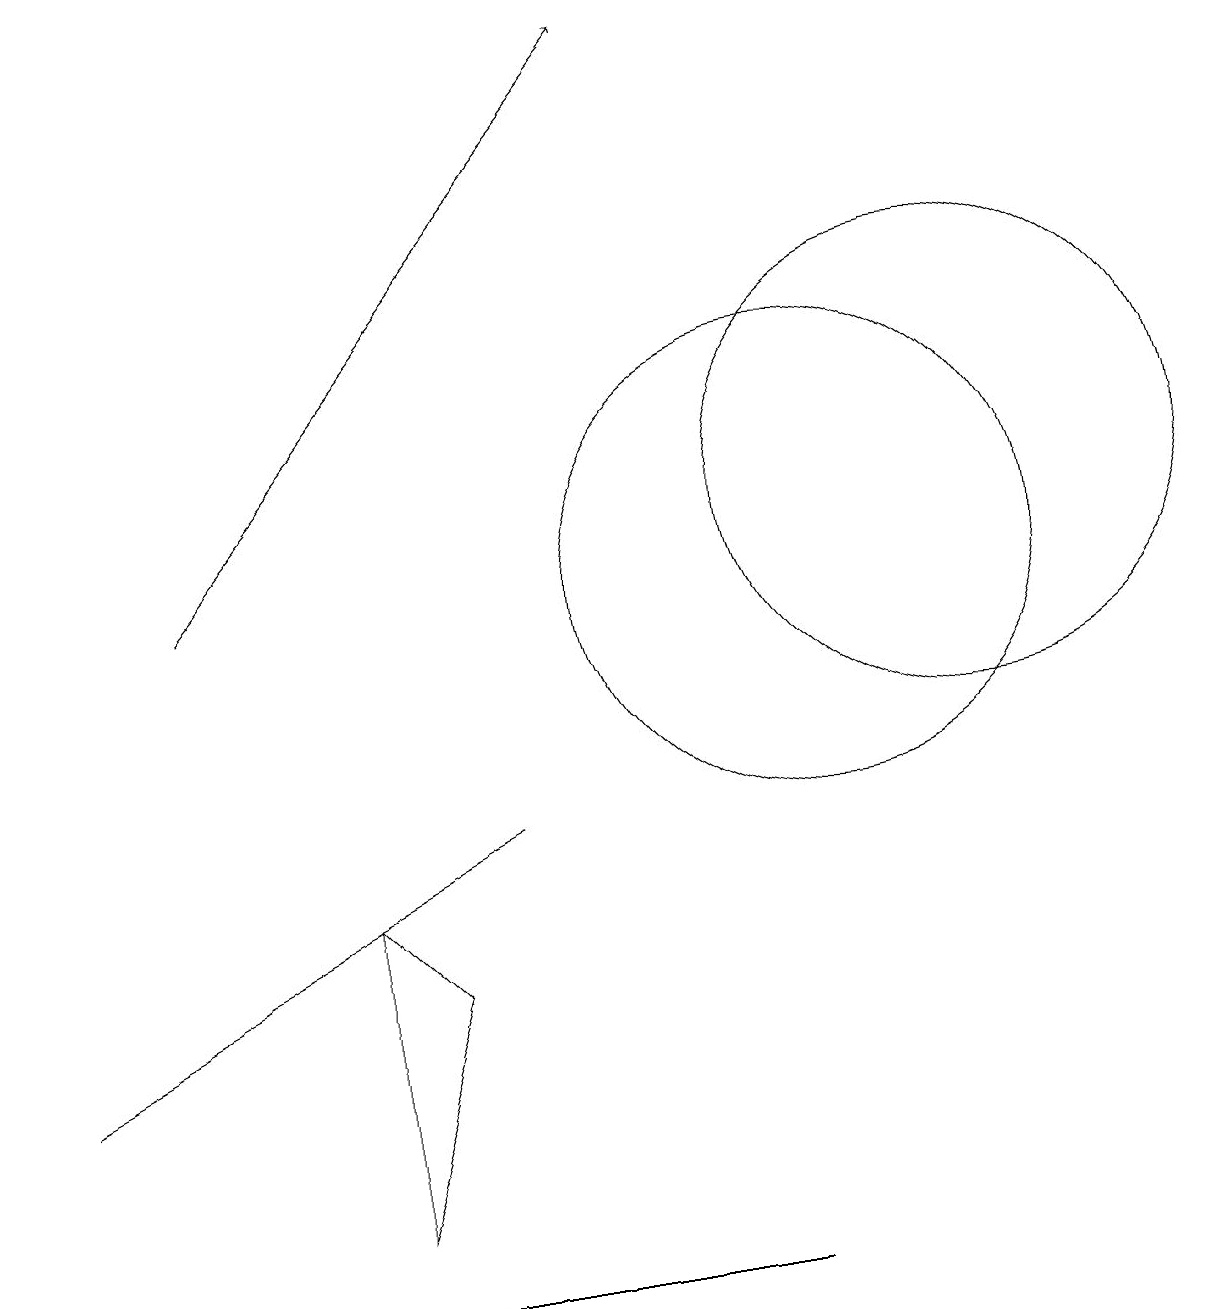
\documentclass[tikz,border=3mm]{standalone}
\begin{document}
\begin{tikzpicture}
\draw[->] (2,11) -- (8,18);
\draw (0,5) -- (6,8) -- (0,5) -- cycle;
\draw (10,11) circle (3);
\draw (4,3) -- (4,7) -- (5,6) -- cycle;
\draw (12,12) circle (3);
\draw (2,2) -- (5,2) -- (9,2) -- cycle;
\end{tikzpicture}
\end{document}